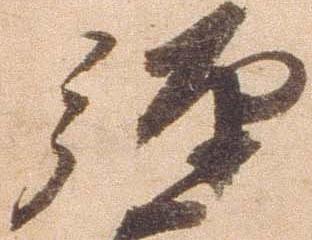
弾